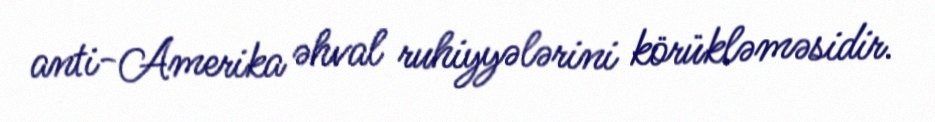
anti-Amerika əhval ruhiyyələrini körükləməsidir.